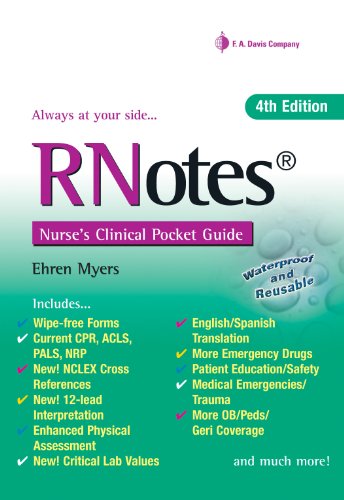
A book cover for RNotesÂ®: Nurse's Clinical Pocket Guide; Ehren Myers RN; Medical Books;